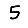
Digit: 5